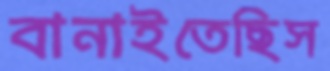
বানাইতেছিস